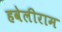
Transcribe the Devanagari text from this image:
हवेलीराम